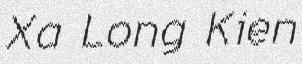
Xa Long Kien